Annual report of the Imperial Bacteriological Laboratory, Muktesar
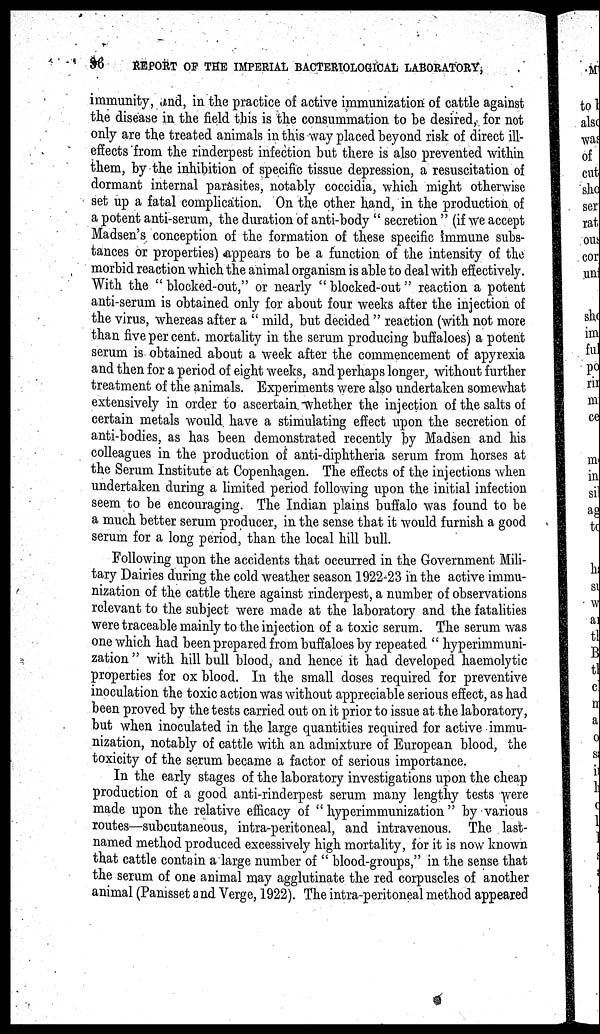
96
REPORT OF THE IMPERIAL BACTERIOLOGICAL LABORATORY,
immunity, and, in the practice of active immunization of cattle against
the disease in the field this is the consummation to be desired, for not
only are the treated animals in this way placed beyond risk of direct ill-
effects from the rinderpest infection but there is also prevented within
them, by the inhibition of specific tissue depression, a resuscitation of
dormant internal parasites, notably coccidia, which might otherwise
set up a fatal complication. On the other hand, in the production of
a potent anti-serum, the duration of anti-body " secretion " (if we accept
Madsen's conception of the formation of these specific immune subs-
tances or properties) appears to be a function of the intensity of the
morbid reaction which the animal organism is able to deal with effectively.
With the " blocked-out," or nearly " blocked-out" reaction a potent
anti-serum is obtained only for about four weeks after the injection of
the virus, whereas after a " mild, but decided " reaction (with not more
than five per cent. mortality in the serum producing buffaloes) a potent
serum is obtained about a week after the commencement of apyrexia
and then for a period of eight weeks, and perhaps longer, without further
treatment of the animals. Experiments were also undertaken somewhat
extensively in order to ascertain whether the injection of the salts of
certain metals would have a stimulating effect upon the secretion of
anti-bodies, as has been demonstrated recently by Madsen and his
colleagues in the production of anti-diphtheria serum from horses at
the Serum Institute at Copenhagen. The effects of the injections when
undertaken during a limited period following upon the initial infection
seem to be encouraging. The Indian plains buffalo was found to be
a much better serum producer, in the sense that it would furnish a good
serum for a long period, than the local hill bull.
Following upon the accidents that occurred in the Government Mili-
tary Dairies during the cold weather season 1922-23 in the active immu-
nization of the cattle there against rinderpest, a number of observations
relevant to the subject were made at the laboratory and the fatalities
were traceable mainly to the injection of a toxic serum. The serum was
one which had been prepared from buffaloes by repeated " hyperimmuni-
zation " with hill bull blood, and hence it had developed haemolytic
properties for ox blood. In the small doses required for preventive
inoculation the toxic action was without appreciable serious effect, as had
been proved by the tests carried out on it prior to issue at the laboratory,
but when inoculated in the large quantities required for active immu-
nization, notably of cattle with an admixture of European blood, the
toxicity of the serum became a factor of serious importance.
In the early stages of the laboratory investigations upon the cheap
production of a good anti-rinderpest serum many lengthy tests were
made upon the relative efficacy of " hyperimmunization " by various
routes—subcutaneous, intra-peritoneal, and intravenous. The last-
named method produced excessively high mortality, for it is now known
that cattle contain a large number of " blood-groups," in the sense that
the serum of one animal may agglutinate the red corpuscles of another
animal (Panisset and Verge, 1922). The intra-peritoneal method appeared